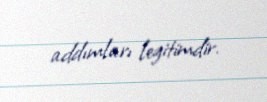
addımları legitimdir.